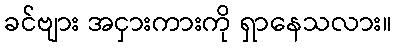
ခင်ဗျား အငှားကားကို ရှာနေသလား။